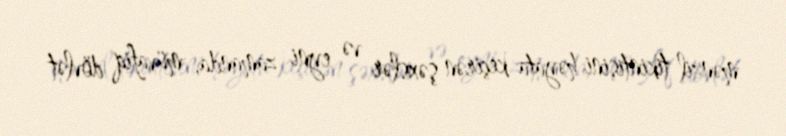
mənzil tikintisini həyata keçirən şəxslər və eyni zamanda, müvafiq dövlət